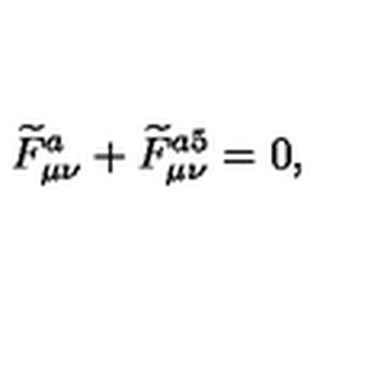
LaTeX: \widetilde { F } _ { \mu \nu } ^ { a } + \widetilde { F } _ { \mu \nu } ^ { a 5 } = 0 ,